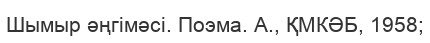
Шымыр әңгімәсі. Поэма. А., ҚМКӘБ, 1958;